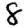
Digit: 8